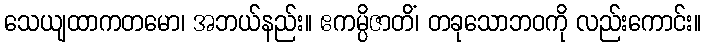
သေယျထာကတမော၊ အဘယ်နည်း။ ဧကမ္ပိဇာတိံ၊ တခုသောဘဝကို လည်းကောင်း။